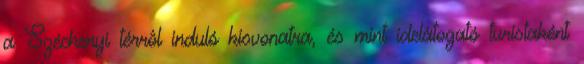
a Széchenyi térrôl induló kisvonatra, és mint idelátogató turistaként